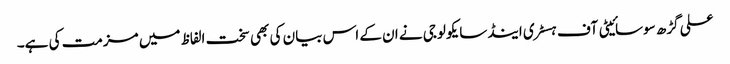
علی گڑھ سوسائیٹی آف ہسٹری اینڈسایکولوجی نے ان کے اس بیان کی بھی سخت الفاظ میں مزمت کی ہے۔